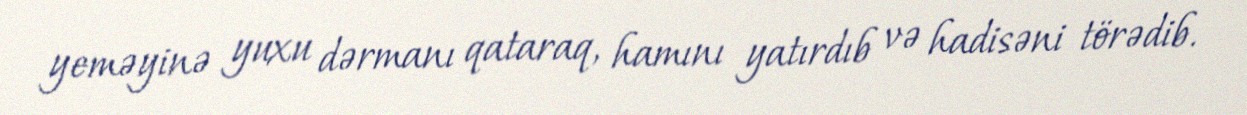
yeməyinə yuxu dərmanı qataraq, hamını yatırdıb və hadisəni törədib.